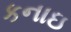
કનાઇ